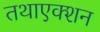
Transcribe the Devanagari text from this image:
तथाएक्शन